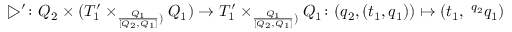
\triangleright ^ { \prime } \colon Q _ { 2 } \times ( T _ { 1 } ^ { \prime } \times _ { \frac { Q _ { 1 } } { [ Q _ { 2 } , Q _ { 1 } ] } ) } Q _ { 1 } ) \to T _ { 1 } ^ { \prime } \times _ { \frac { Q _ { 1 } } { [ Q _ { 2 } , Q _ { 1 } ] } ) } Q _ { 1 } \colon ( q _ { 2 } , ( t _ { 1 } , q _ { 1 } ) ) \mapsto ( t _ { 1 } , \; ^ { q _ { 2 } } q _ { 1 } )